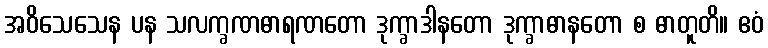
အဝိသေသေန ပန သလက္ခဏဓာရဏတော ဒုက္ခာဒါနတော ဒုက္ခာဓာနတော စ ဓာတူတိ။ ဧဝံ